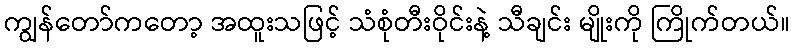
ကျွန်တော်ကတော့ အထူးသဖြင့် သံစုံတီးဝိုင်းနဲ့ သီချင်း မျိုးကို ကြိုက်တယ်။